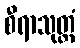
စီရာသုတ္တံ